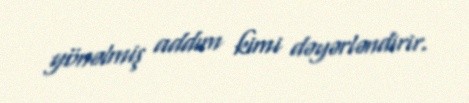
yönəlmiş addım kimi dəyərləndirir.